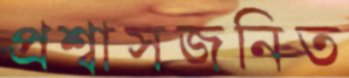
প্রশ্বাসজনিত